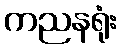
ကညနရုံး